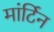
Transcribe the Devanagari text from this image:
मांर्टिन